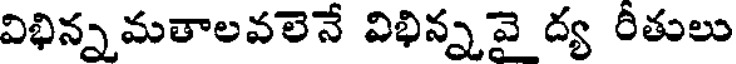
విభిన్న మతాలవలెనే విభిన్నవై ద్య రీతులు